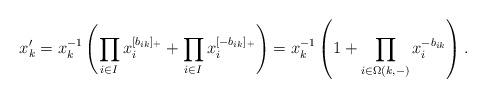
LaTeX: \begin{align*} x_k' = x_k^{-1}\left( \prod_{i\in I} x_i^{[b_{ik}]_+} + \prod_{i\in I} x_i^{[-b_{ik}]_+}\right) = x_k^{-1}\left(1 + \prod_{i\in \Omega(k,-)} x_i^{-b_{ik}} \right).\end{align*}